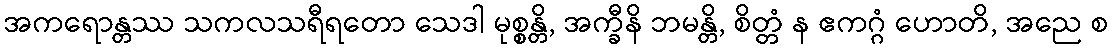
အကရောန္တဿ သကလသရီရတော သေဒါ မုစ္စန္တိ, အက္ခီနိ ဘမန္တိ, စိတ္တံ န ဧကဂ္ဂံ ဟောတိ, အညေ စ